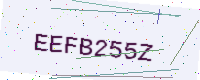
Text: EEFB255Z